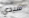
سيدي